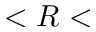
< R <